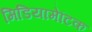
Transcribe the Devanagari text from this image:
मिडियामेटिक